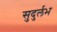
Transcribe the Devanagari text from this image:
सुदुर्लभ